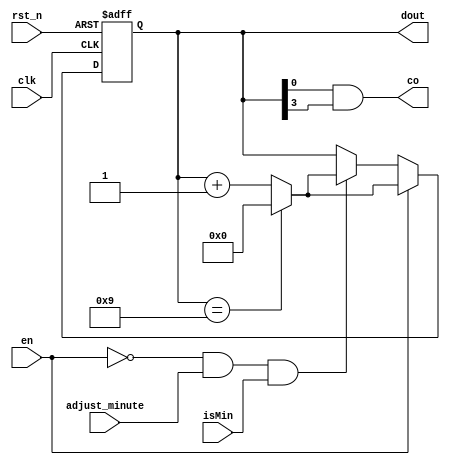
 //10
module counter10(clk, rst_n, en, adjust_minute, isMin, dout, co);
 
input clk, rst_n, en, adjust_minute, isMin;
output[3:0] dout;
reg [3:0] dout;
output co;

always@(posedge clk or negedge rst_n)
begin
	if(!rst_n)
		dout <= 4'b0000;        //
	else if(en == 1)
	   if(dout == 4'b1001)     //9
           dout <= 4'b0000;
       else
           dout <= dout + 1'b1; //1
	else if((en == 0 && adjust_minute == 1) && isMin == 1)
		if(dout == 4'b1001)     //9
			dout <= 4'b0000;
		else
			dout <= dout + 1'b1; //1
	else
		dout <= dout;
end
 
assign co = dout[0] & dout[3];  //9(4'b1001)1
endmodule